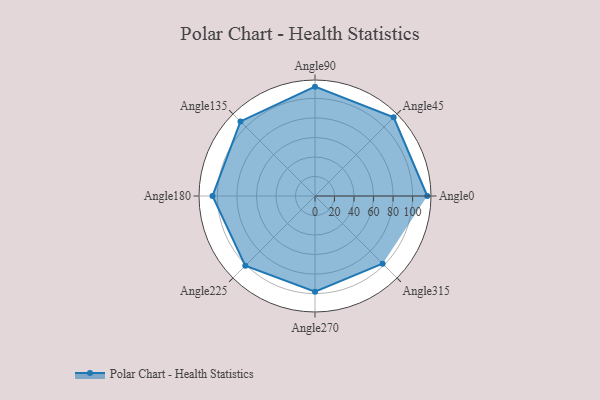
{"axis": {"x": "Angle", "y": "Radius"}, "legend": [""], "data": [{"x": "Angle0", "y": 115.0, "type": ""}, {"x": "Angle45", "y": 114.0, "type": ""}, {"x": "Angle90", "y": 112.0, "type": ""}, {"x": "Angle135", "y": 108.0, "type": ""}, {"x": "Angle180", "y": 105.0, "type": ""}, {"x": "Angle225", "y": 101.0, "type": ""}, {"x": "Angle270", "y": 98.0, "type": ""}, {"x": "Angle315", "y": 98.0, "type": ""}]}